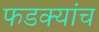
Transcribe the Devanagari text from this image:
फडक्यांच